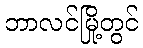
ဘာလင်မြို့တွင်